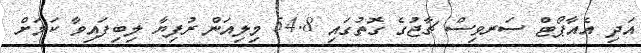
އަދި އެއާޕޯޓް ސަރވިސް ޗާޖުގެ ގޮތުގައި 54.8 މިލިއަން ރުފިޔާ ލިބިފައިވާ ކަމަށް